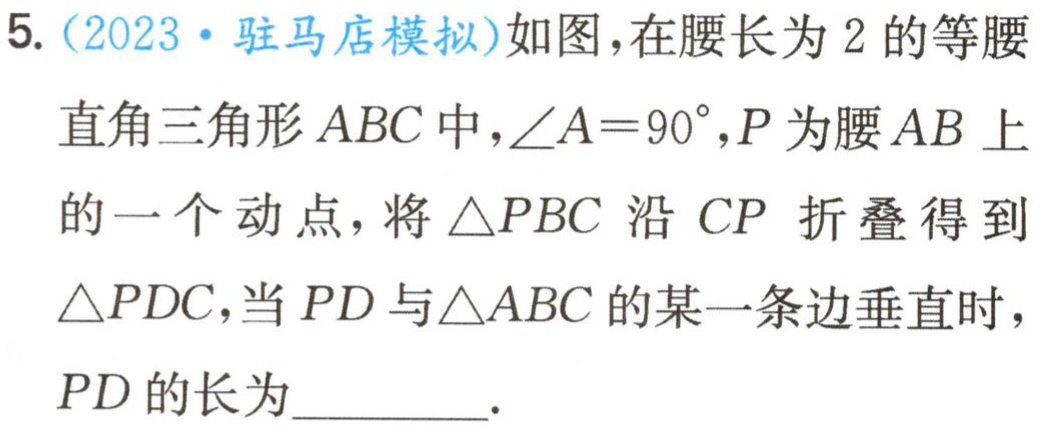
5.（2023·驻马店模拟）如图，在腰长为2的等腰

直角三角形 \(ABC\) 中，\(\angle A = 90^{\circ}\)，\(P\) 为腰 \(AB\) 上

的一个动点，将 \(\triangle PBC\) 沿 \(CP\) 折叠得到

\(\triangle PDC\)，当 \(PD\) 与\(\triangle ABC\) 的某一条边垂直时，

\(PD\) 的长为_________.